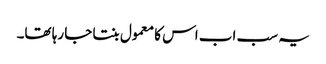
یہ سب اب اس کا معمول بنتا جا رہا تھا۔